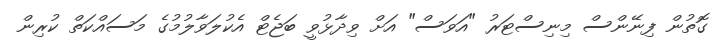
ގޮތުން ފިނޭންސް މިނިސްޓަރު "އަވަސް" އަށް ވިދާޅުވީ ބަޖެޓް އެކުލަވާލުމުގެ މަސައްކަތް ކުރިން